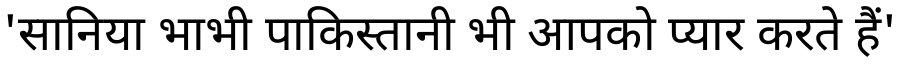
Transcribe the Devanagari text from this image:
'सानिया भाभी पाकिस्तानी भी आपको प्यार करते हैं'